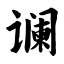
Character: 谰